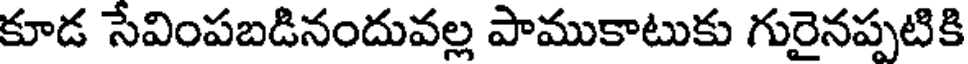
కూడ సేవింపబడినందువల్ల పాముకాటుకు గురైనప్పటికి